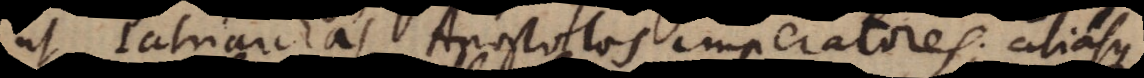
ut Patriarchas, Apostolos, imperatores; aliasque